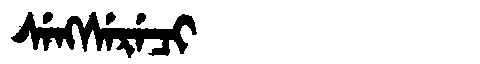
Manchu: ᠰᡝᠩᠰᡝᡵᡝᠴᡳ
Romanization: SENGSERECI